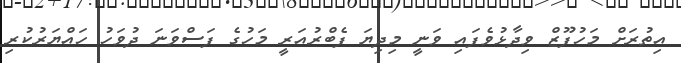
އިތުރަށް މަހުފޫޒް ވިދާޅުވެފައި ވަނީ މިދިޔަ ފެބްރުއަރީ މަހުގެ ފަސްވަނަ ދުވަހު ހައްޔަރުކުރި